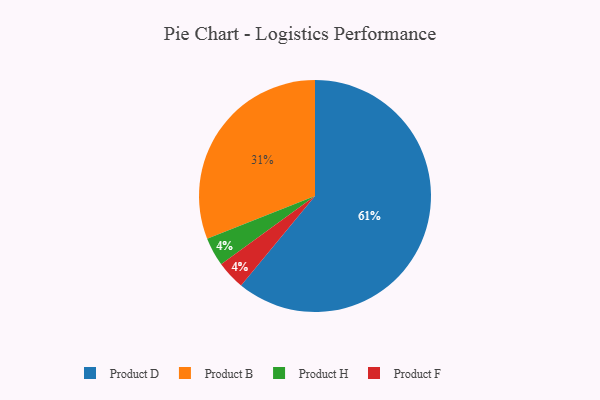
{"axis": {"x": "Category", "y": "Percentage"}, "legend": ["Product B", "Product D", "Product F", "Product H"], "data": [{"x": "Product H", "y": 4, "type": "Product H"}, {"x": "Product F", "y": 4, "type": "Product F"}, {"x": "Product B", "y": 31, "type": "Product B"}, {"x": "Product D", "y": 61, "type": "Product D"}]}